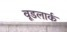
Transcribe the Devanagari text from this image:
वूडलार्क